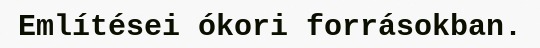
Említései ókori forrásokban.